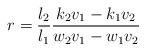
LaTeX: \begin{align*}r=\frac{l_2}{l_1}\frac{k_2v_1-k_1v_2}{w_2v_1-w_1v_2}\end{align*}